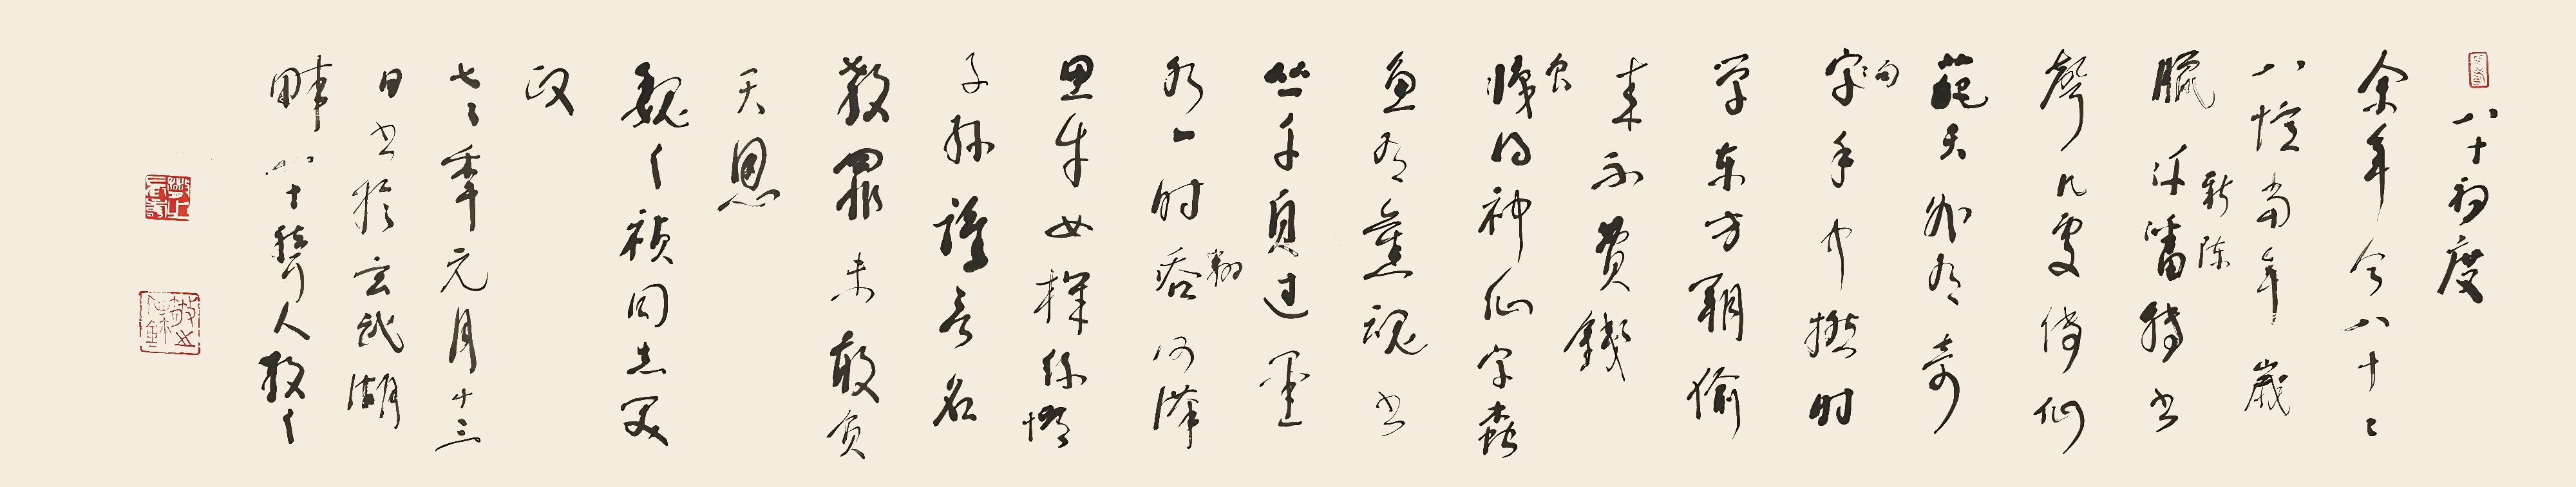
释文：八十初度。余年今八十，十八忆当年。岁腊新陈转，书声几处传。仙葩天外有，奇句手中捻。时学东方朔，偷来不费钱。食得神仙字，蠹鱼有旧魂。书丛千页过，墨水一时翻。河汉思牛女，机丝误子孙。谁言名教罪，未敢负天恩。魏之祯同志笑政，七七年元月十三日书于玄武湖畔，八十聋人散之。